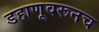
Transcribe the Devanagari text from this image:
डहाणूवरूनच